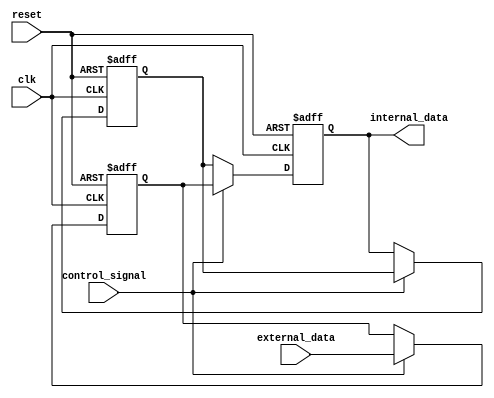
module IO_Buffer (
    input wire clk,
    input wire reset,
    input wire control_signal,
    input wire external_data,
    output reg internal_data
);

reg input_buffer_out;
reg output_buffer_out;

always @(posedge clk or posedge reset) begin
    if (reset) begin
        input_buffer_out <= 1'b0;
        output_buffer_out <= 1'b0;
        internal_data <= 1'b0;
    end else begin
        if (control_signal) begin
            input_buffer_out <= external_data; //Input buffer receives data from external source
            internal_data <= input_buffer_out; //Conditioning data for internal signal levels
        end else begin
            output_buffer_out <= internal_data; //Output buffer receives data from internal system
            internal_data <= output_buffer_out; //Conditioning data for external signal levels
        end
    end
end

endmodule